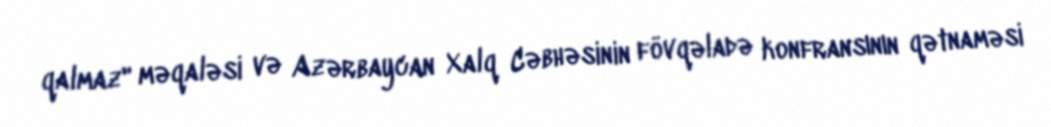
qalmaz" məqaləsi və Azərbaycan Xalq Cəbhəsinin fövqəladə konfransının qətnaməsi